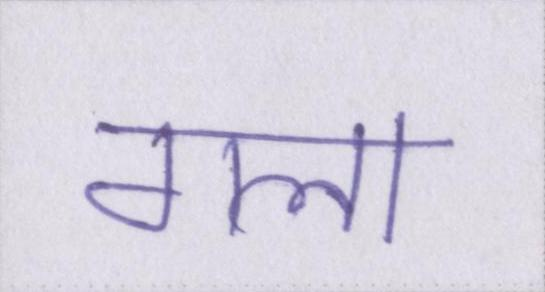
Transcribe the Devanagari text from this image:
गला